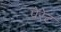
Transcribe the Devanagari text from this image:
पेरेट